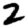
Digit: 2